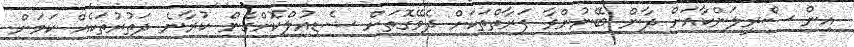
އިން ސްރީލަންކާއަށް ދާން ބޭނުންވާ ފަރާތްތަކަށް ދެވޭގޮތަށް ޝެޑިއުލްކޮށްގެން ކުރާނެ ދަތުރުތަކެއް ކަމަށް